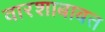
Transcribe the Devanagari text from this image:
वारशाबाबत